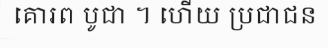
គោរព បូជា ។ ហើយ ប្រជាជន